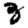
Digit: 3